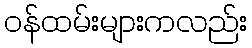
ဝန်ထမ်းများကလည်း